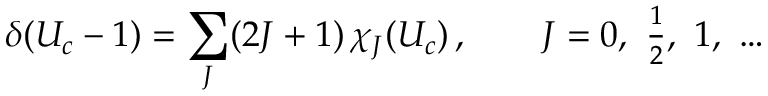
\delta ( U _ { c } - 1 ) = \sum _ { J } ( 2 J + 1 ) \, \chi _ { J } ( U _ { c } ) \, , \qquad J = 0 , ~ { \textstyle { \frac { 1 } { 2 } } } , ~ 1 , ~ \dots